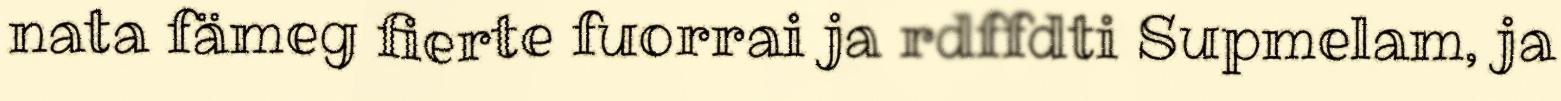
nata fämeg fierte fuorrai ja rdffdti Supmelam, ja